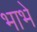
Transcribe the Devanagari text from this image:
भाभे